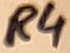
Text: R4